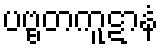
ပဗ္ဗတကူဋာနံ